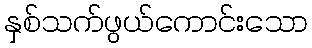
နှစ်သက်ဖွယ်ကောင်းသော